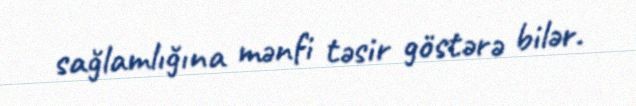
sağlamlığına mənfi təsir göstərə bilər.